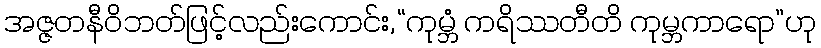
အဇ္ဇတနီဝိဘတ်ဖြင့်လည်းကောင်း,“ကုမ္ဘံ ကရိဿတီတိ ကုမ္ဘကာရော”ဟု